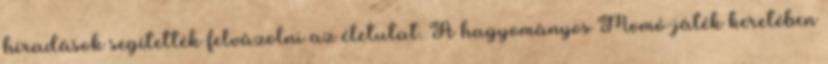
híradások segítették felvázolni az életutat. A hagyományos Momó-játék keretében